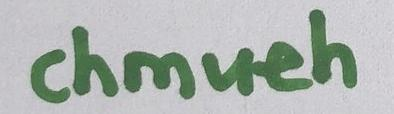
chmueh